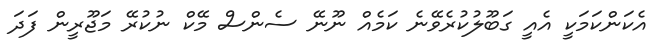
އެކަންކަމަކީ އެއީ ގަބޫލުކުރެވޭނެ ކަމެއް ނޫނޭ ސެންސް މޭކް ނުކުރޭ މަޖޫރީން ފަދަ